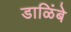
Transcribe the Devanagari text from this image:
डाळिंबे